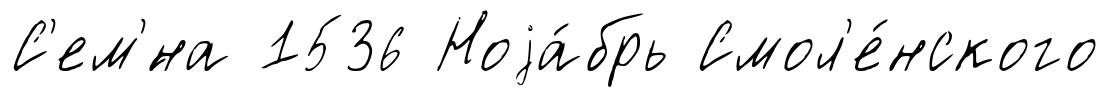
С'ем'́на 1536 Ноjа́брь Смол'е́нского